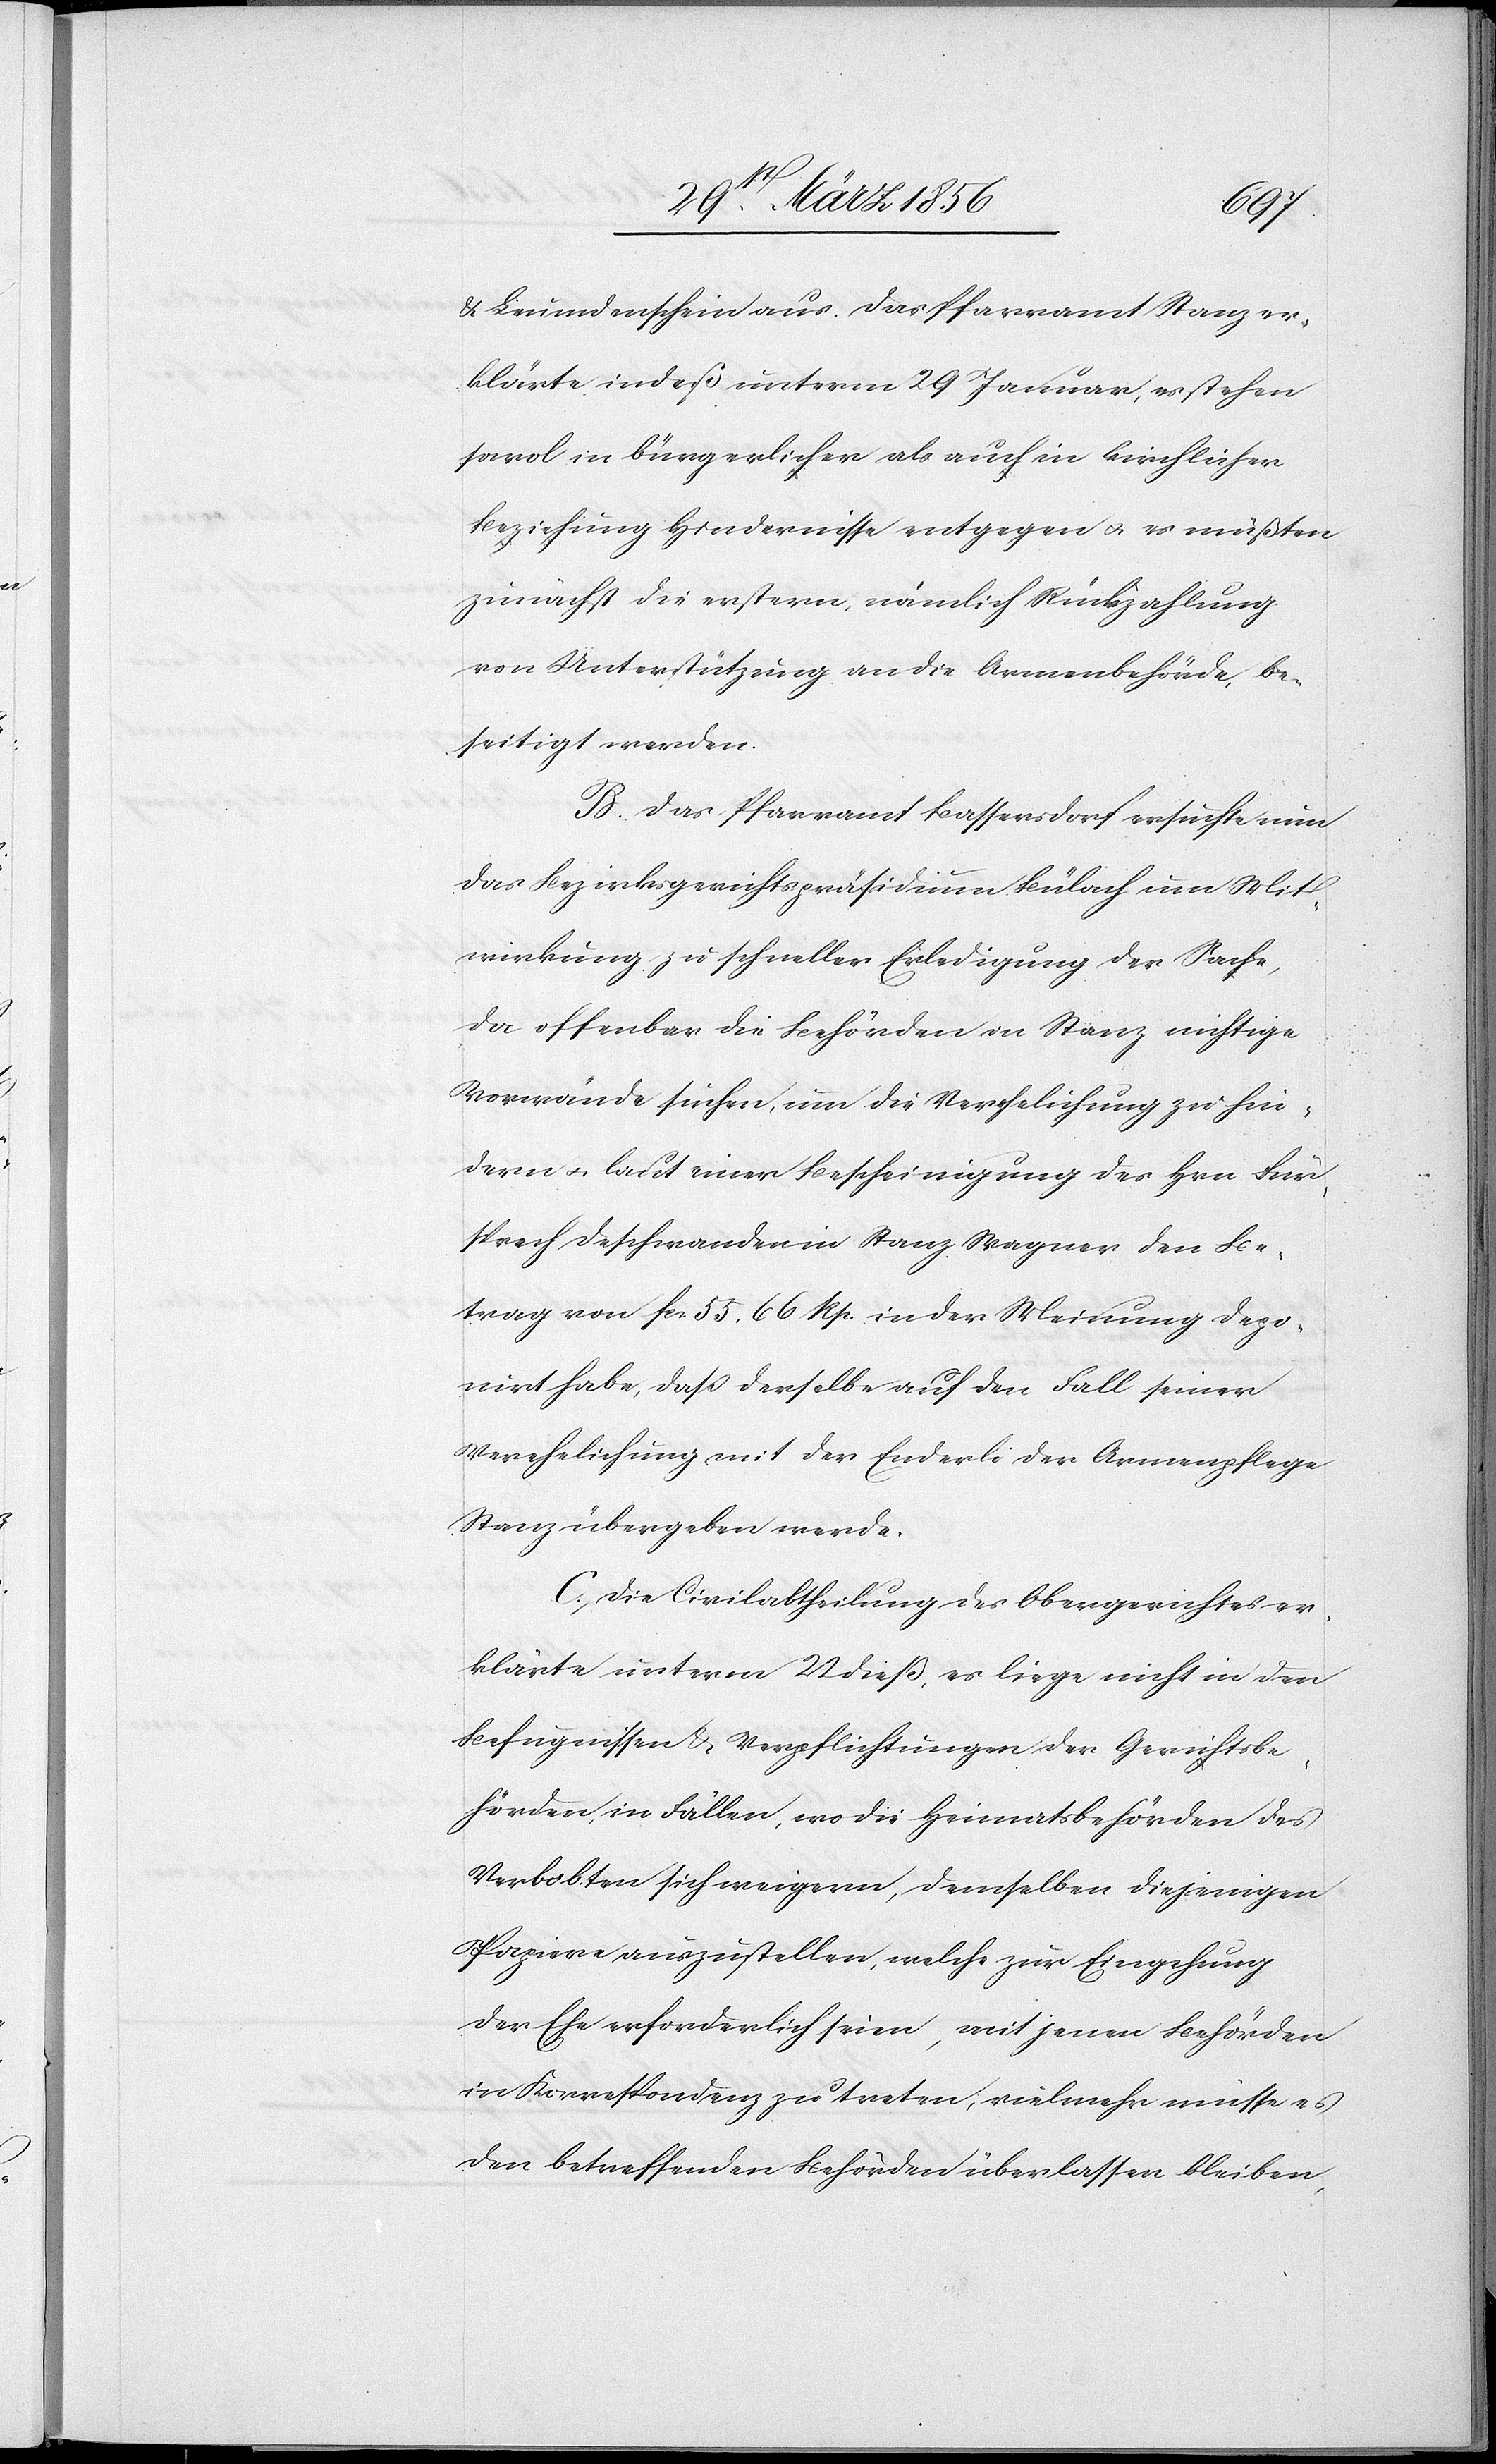
& Leumdenschein aus. Das Pfarramt Stanz er¬
klärte indeß unterm 29 Januar, es stehen
sowol in bürgerlicher als auch in kirchlicher
Beziehung Hindernisse entgegen u. es müßten
zunächst die erstern, nämlich Rückzahlung
von Unterstützung an die Armenbehörde, be¬
seitigt werden.
B. Das Pfarramt Bassersdorf ersuchte nun
das Bezirksgerichtspräsidium Bülach um Mit¬
wirkung zu schneller Erledigung der Sache,
da offenbar die Behörden in Stanz nichtige
Vorwände suchen, um die Verehelichung zu hin¬
dern u. laut einer Bescheinigung des Hrn Für¬
sprech Deschwanden in Stanz Wagner den Be¬
trag von fcs. 55. 66 Rp. in der Meinung depo¬
nirt habe, das derselbe auf den Fall seiner
Verehelichung mit der Enderli der Armenpflege
Stanz übergeben werde.
C., Diese Civilabtheilung des Obergerichtes er¬
klärte unterm 22 dieß, es liege nicht in den
Befugnissen & Verpflichtungen der Gerichtsbe¬
hörden, in Fällen, wo die Heimatsbehörden des
Verlobten sich weigern, demselben diejenigen
Papiere auszustellen, welche zur Eingehung
der Ehe erforderlich seien, mit jenen Behörden
in Korrespondenz zu treten, vielmehr müsse es
den betreffenden Behörden überlassen bleiben,